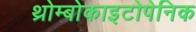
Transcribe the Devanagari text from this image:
थ्रोम्बोकाइटोपेनिक